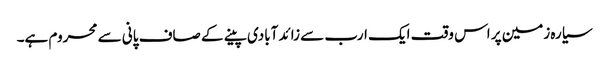
سیارہ زمین پر اس وقت ایک ارب سے زائد آبادی پینے کے صاف پانی سے محروم ہے۔